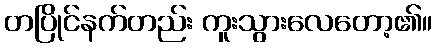
တပြိုင်နက်တည်း ကူးသွားလေတော့၏။